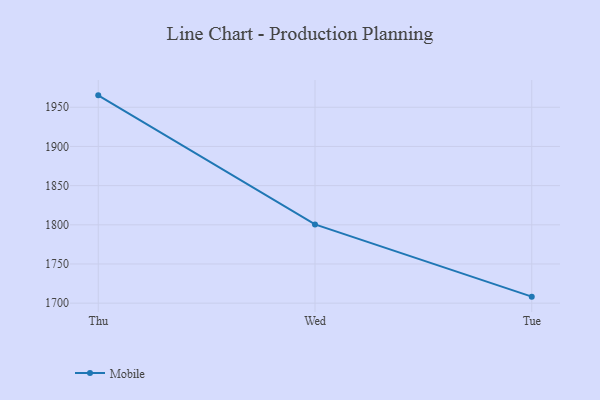
{"axis": {"x": "Day", "y": "Shipments"}, "legend": ["Mobile"], "data": [{"x": "Thu", "y": 1965.2, "type": "Mobile"}, {"x": "Wed", "y": 1800.5, "type": "Mobile"}, {"x": "Tue", "y": 1708.3, "type": "Mobile"}]}